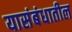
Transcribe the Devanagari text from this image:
यासंबंधातील